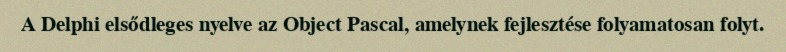
A Delphi elsődleges nyelve az Object Pascal, amelynek fejlesztése folyamatosan folyt.